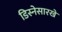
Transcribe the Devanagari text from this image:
डिस्नेसारखे